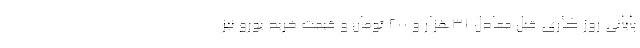
پایانی روز کاری قبل معادل 31هزار و 200 تومان و قیمت خرید یورو نیز